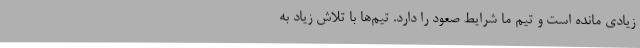
زیادی مانده است و تیم ما شرایط صعود را دارد. تیم‌ها با تلاش زیاد به